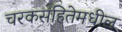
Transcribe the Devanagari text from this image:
चरकसंहितेमधील